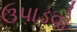
ઉપાડવો